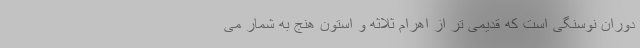
دوران نوسنگی است که قدیمی تر از اهرام ثلاثه و استون هنج به شمار می